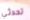
تحدثي